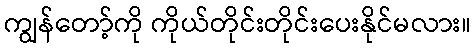
ကျွန်တော့်ကို ကိုယ်တိုင်းတိုင်းပေးနိုင်မလား။